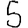
Digit: 5